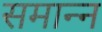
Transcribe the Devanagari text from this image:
समान्न